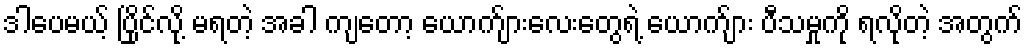
ဒါပေမယ့် ပြိုင်လို့ မရတဲ့ အခါ ကျတော့ ယောက်ျားလေးတွေရဲ့ ယောက်ျား ပီသမှုကို ရလိုတဲ့ အတွက်